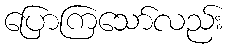
ပြောကြသော်လည်း